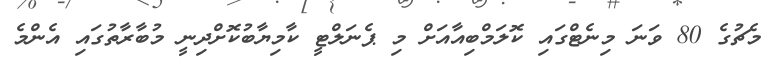
މެޗުގެ 80 ވަނަ މިނެޓްގައި ކޮލަމްބިއާއަށް މި ޕެނަލްޓީ ކާމިޔާބުކޮށްދިނީ މުބާރާތުގައި އެންމެ